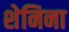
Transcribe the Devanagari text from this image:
शेनिना